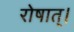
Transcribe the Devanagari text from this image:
रोषात्।